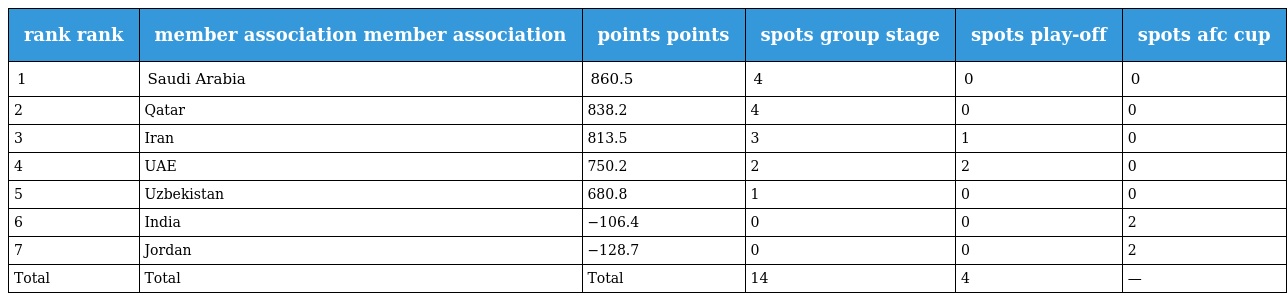
| rank rank | member association member association | points points | spots group stage | spots play-off | spots afc cup |
 | --- | --- | --- | --- | --- | --- |
 | 1 | Saudi Arabia | 860.5 | 4 | 0 | 0 |
 | 2 | Qatar | 838.2 | 4 | 0 | 0 |
 | 3 | Iran | 813.5 | 3 | 1 | 0 |
 | 4 | UAE | 750.2 | 2 | 2 | 0 |
 | 5 | Uzbekistan | 680.8 | 1 | 0 | 0 |
 | 6 | India | −106.4 | 0 | 0 | 2 |
 | 7 | Jordan | −128.7 | 0 | 0 | 2 |
 | Total | Total | Total | 14 | 4 | — |